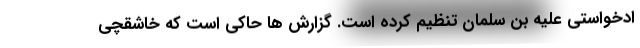
ادخواستی علیه بن سلمان تنظیم کرده است. گزارش ها حاکی است که خاشقچی